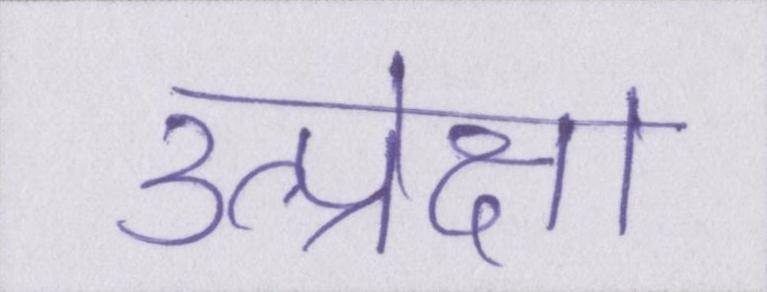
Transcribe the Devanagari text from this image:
उत्प्रेक्षा